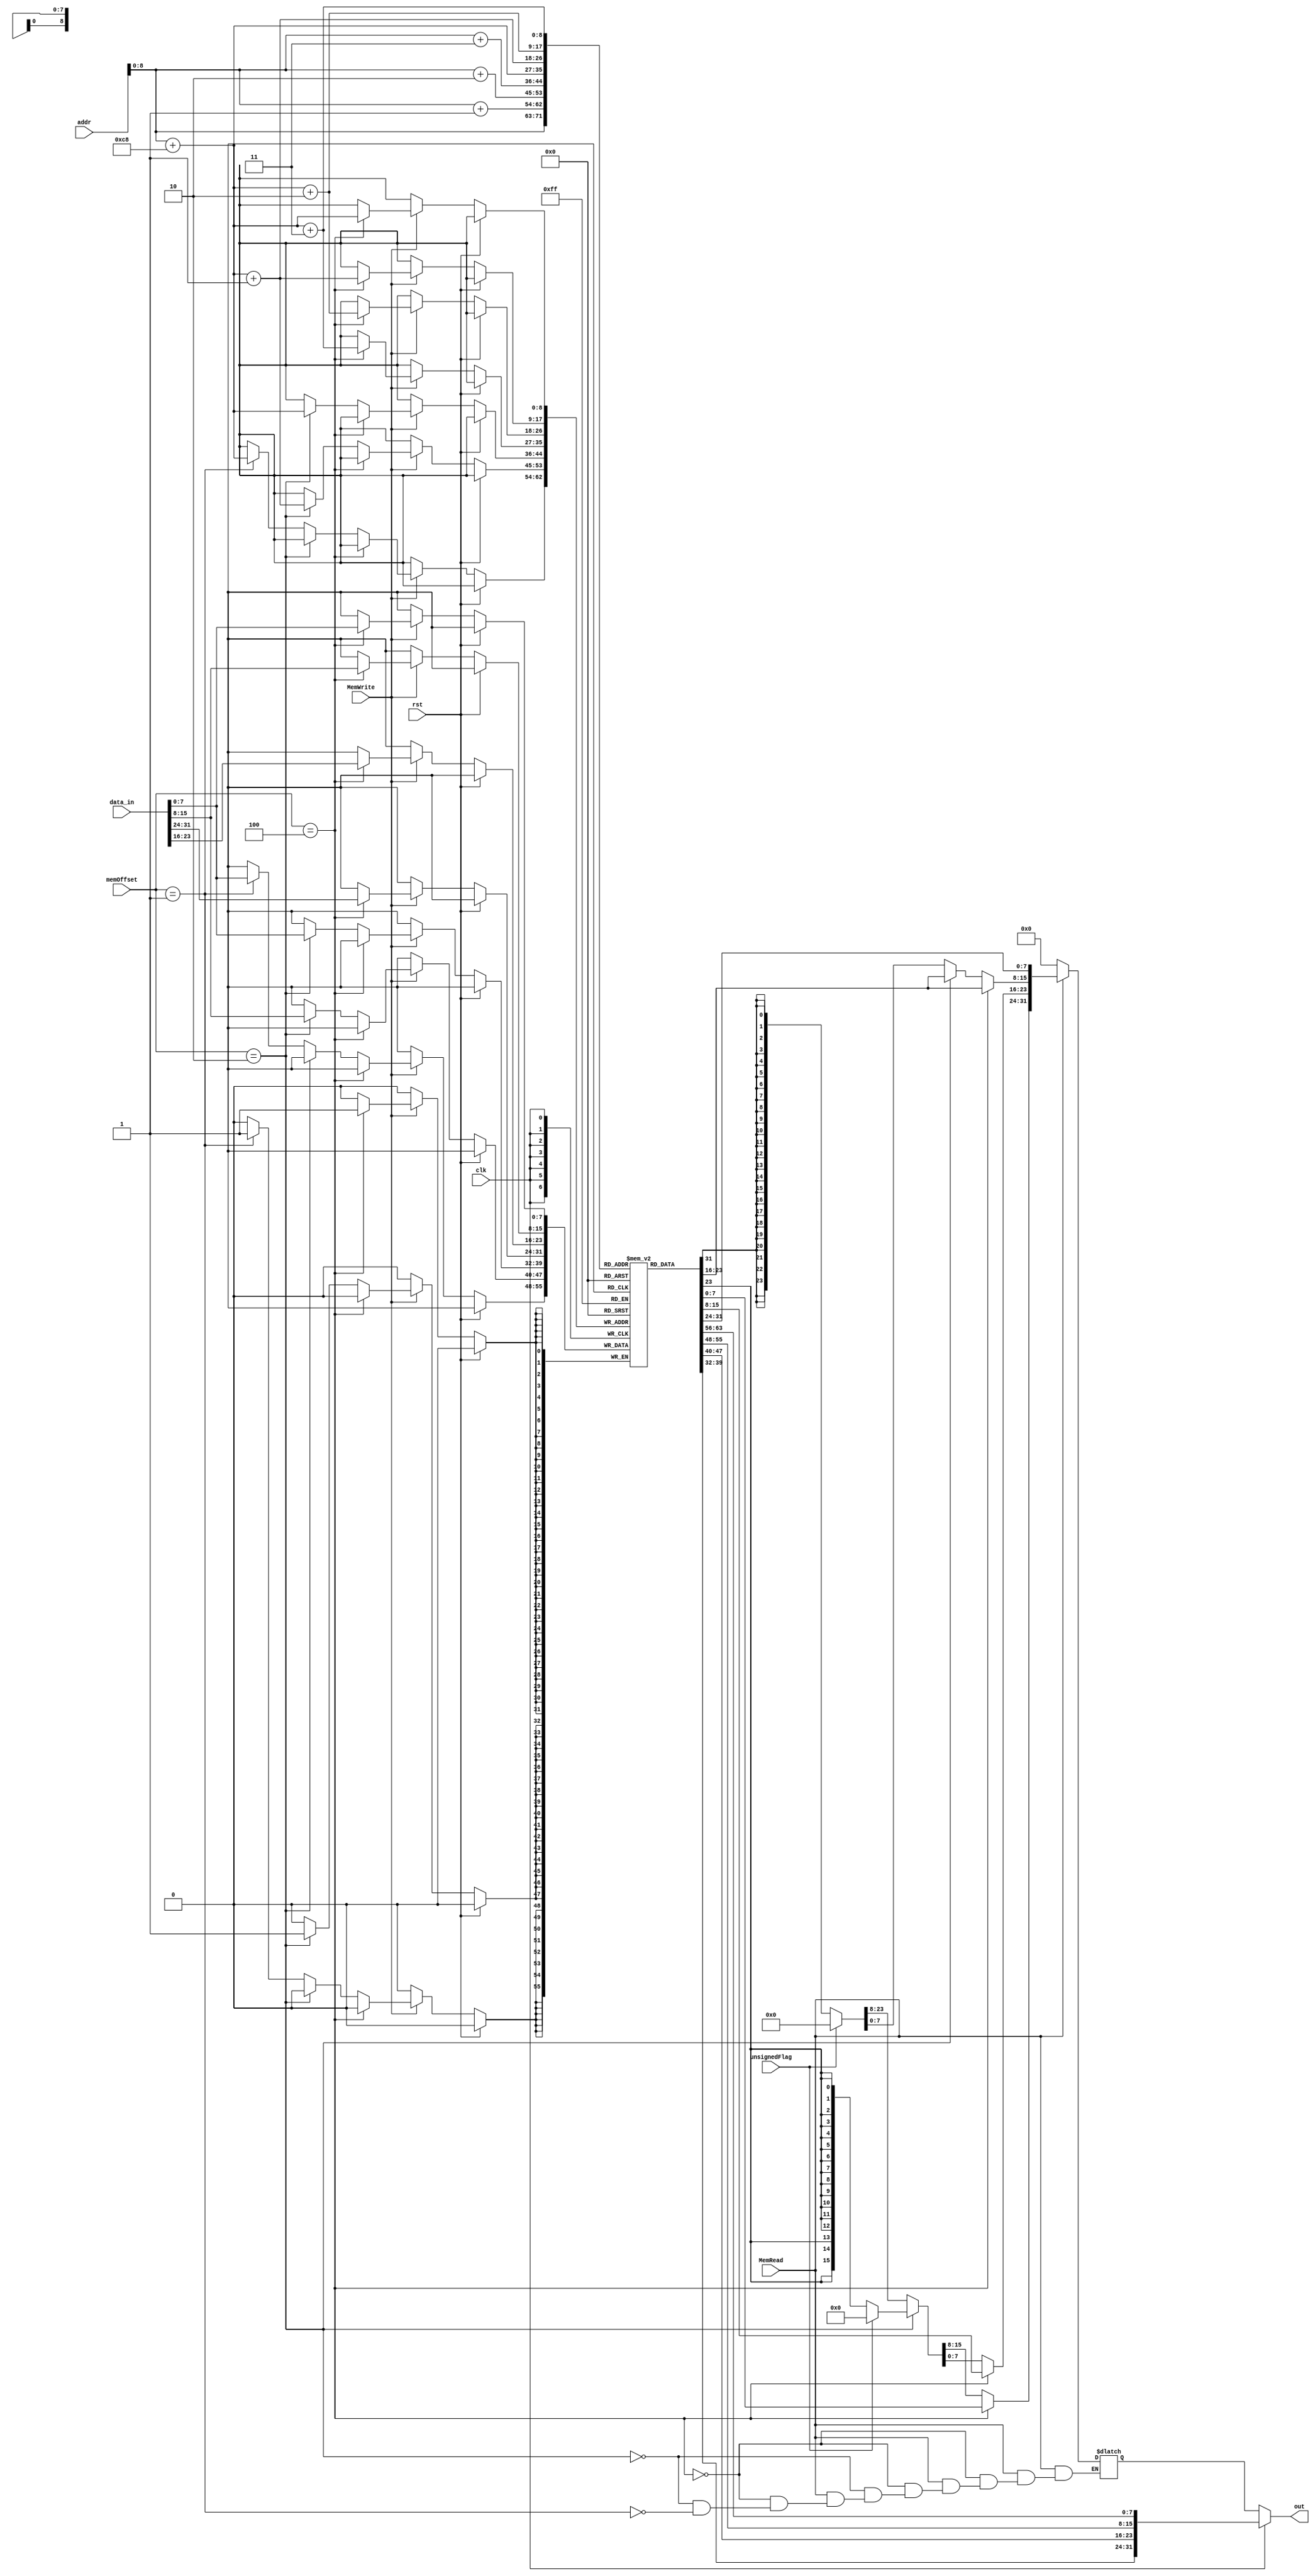
`timescale 1ns / 1ps
//////////////////////////////////////////////////////////////////////////////////
// Company:
// Engineer:
//
// Design Name:
// Module Name: DataMem
// Project Name:
// Target Devices:
// Tool Versions:
// Description:
//
// Dependencies:
//
// Revision:
// Revision 0.01 - File Created
// Additional Comments:
//
//////////////////////////////////////////////////////////////////////////////////


module DataMem
 (input clk, input rst, input MemRead, input MemWrite, input [2:0] memOffset, input unsignedFlag
 , input [31:0] addr, input [31:0] data_in, output reg [31:0] out);
 reg [7:0] mem [300:0];
 wire[31:0] mem_addr; 
 assign mem_addr = addr + 200; // 50 instructions
 reg [31:0]  inst_out;
 reg [31:0]  data_out;
 
 always @(*)
 begin 
 if (clk)
 out=inst_out;
 else 
 out=data_out;
 end 
 
 
 always@(* ) begin
     inst_out[7:0] = mem[addr];
     inst_out[15:8] = mem[addr+1];
     inst_out[23:16] = mem[addr+2];
     inst_out[31:24] = mem[addr+3];
 end
 
 always@(*) begin
    if(MemRead) begin
        if(memOffset == 3'b100) begin
            data_out[7:0] = mem[mem_addr];
            data_out[15:8] = mem[mem_addr+1];
            data_out[23:16] = mem[mem_addr+2];
            data_out[31:24] = mem[mem_addr+3];
        end
        else if(memOffset == 3'b010) begin
            data_out[7:0] = mem[mem_addr];
            data_out[15:8] = mem[mem_addr+1];
            if(unsignedFlag) data_out[31:16] = 16'b0;
            else data_out[31:16] = {16{data_out[15]}};
        end
        else if(memOffset == 3'b001) begin
            data_out[7:0] = mem[mem_addr];
            if(unsignedFlag) data_out[31:8] = 24'b0;
            else data_out[31:8] = {24{data_out[7]}};
        end
    end
    else data_out=0;
 end
 integer i;
 
 
 always@(posedge clk )begin
      if(~rst)begin
        if(MemWrite) begin
             if(memOffset == 3'b100) begin
                 mem[mem_addr] = data_in[7:0];
                 mem[mem_addr+1] = data_in[15:8];
                 mem[mem_addr+2] = data_in[23:16];
                 mem[mem_addr+3] = data_in[31:24];
             end
             else if(memOffset == 3'b010) begin
                 mem[mem_addr] = data_in[7:0];
                 mem[mem_addr+1] = data_in[15:8];
             end
             else if(memOffset == 3'b001) begin
                 mem[mem_addr] = data_in[7:0];
             end
         end
     end
 end
 
endmodule